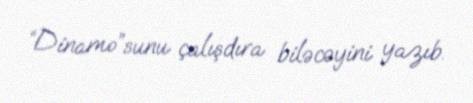
“Dinamo”sunu çalışdıra biləcəyini yazıb.